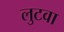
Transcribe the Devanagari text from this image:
लुटवा